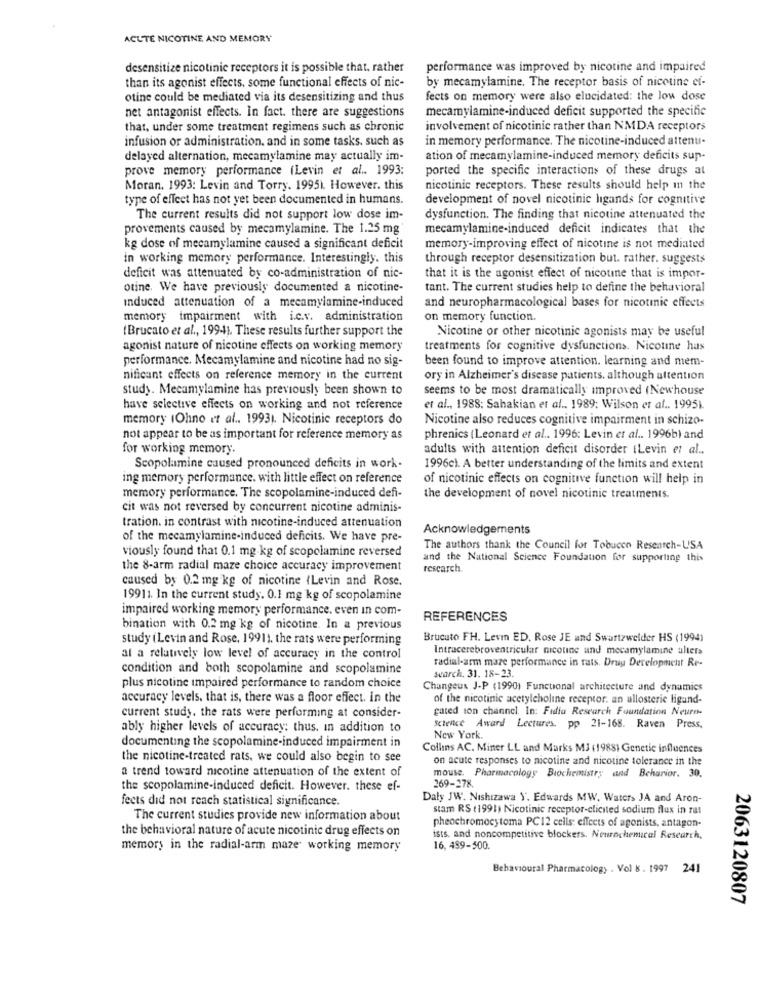
ACUTE NICOTINE AND MEMORY
desensitize nicotinic receptors it is possible that, rather
performance was improved by nicotine and impaired
by mecamylamine. The receptor basis of nicotine ef-
than its agonist effects, some functional effects of nic-
otine could be mediated via its desensitizing and thus
fects on memory were also elucidated: the low dose
net antagonist effects. In fact. there are suggestions
mecarylamine-induced deficit supported the specific
that, under some treatment regimens such as chronic
involvement of nicotinic rather than NMDA receptors
infusion or administration, and in some tasks, such as
in memory performance. The nicotine-induced attenu-
delayed alternation, mecamylamine may actually im-
ation of mecamylamine-induced memory deficits sup-
prove memory performance (Levin et al. 1993:
ported the specific interactions of these drugs at
Moran. 1993: Levin and Torry. 1995). However. this
nicotinic receptors. These results should help in the
type of effect has not yet been documented in humans.
development of novel nicotinic ligands for cognitive
The current results did not support low dose im-
dysfunction. The finding that nicotine attenuated the
provements caused by mecamylamine. The 1.25 mg
mecamylamine-induced deficit indicates that the
kg dose of mecamylamine caused a significant deficit
memory-improving effect of nicotine is not mediated
in working memory performance. Interestingly. this
through receptor desensitization but. rather. suggests
deficit was attenuated by co-administration of nic-
that it is the agonist effect of nicotine that is impor-
otine. We have previously documented a nicotine-
tant. The current studies help to define the behavioral
induced attenuation of a mecamylamine-induced
and neuropharmacological bases for nicotinic effects
memory impairment with i.c.v. administration
on memory function.
(Brucato et al ., 199-4). These results further support the
Nicotine or other nicotinic agonists may be useful
agonist nature of nicotine effects on working memory
treatments for cognitive dysfunctions. Nicotine has
performance. Mecamylamine and nicotine had no sig-
been found to improve attention. learning and mem-
nificant effects on reference memory in the current
ory in Alzheimer's disease patients. although attention
study. Mecamylamine has previously been shown to
seems to be most dramatically improved (Newhouse
have selective effects on working and not reference
et al ., 1988: Sahakian et af .. 1989: Wilson et af .. 19951
memory (Ohno et al ., 19931. Nicotinic receptors do
Nicotine also reduces cognitive impairment in schizo-
not appear to be as important for reference memory as
phrenics (Leonard et al .. 1996: Levin et al .. 1996b) and
for working memory.
adults with attention deficit disorder (Levin et al ..
Scopolamine caused pronounced deficits in work-
1996cl. A better understanding of the limits and extent
ing memory performance. with little effect on reference
of nicotinic effects on cognitive function will help in
memory performance. The scopolamine-induced defi-
the development of novel nicotinic treatments.
cit was not reversed by concurrent nicotine adminis-
tration. in contrast with nicotine-induced attenuation
Acknowledgements
of the mecamylamine-induced deficits. We have pre-
viously found that 0.1 mg.kg of scopelamine reversed
The authors thank the Council for Tobucen Research-USA
and the National Science Foundation for supporting this
the 8-arm radial maze choice accuracy improvement
research.
caused by 0.2 mg kg of nicotine (Levin and Rose.
19911. In the current study. 0.1 mg kg of scopolamine
impaired working memory performance, even in com-
REFERENCES
bination with 0.2 mg kg of nicotine. In a previous
study (Levin and Rose, 19911. the rats were performing
Brucuto FH. Levin ED. Rose JE and Swartzwelder HS (1994)
Intracerebroventricular nicotine und mecamylamine alters
al a relatively low level of accuracy in the control
radial-arm mare performance in rats. Drug Development Re-
condition and both scopolamine and scopolamine
search, 31. 18-23.
plus nicotine impaired performance to random choice
Changeux J.P (1990) Functional architecture and dynamics
accuracy levels. that is, there was a floor effect. in the
of the nicotinic acetylcholine receptor. an allosteric ligand-
gated ton channel. In: Fidia Research Foundation Neure
current study. the rats were performing at consider-
ably higher levels of accuracy: thus. In addition to
Science Award Lectures. pp 21-168. Raven Press,
New York.
documenting the scopolamine-induced impairment in
Collins AC. Miner LL and Marks MJ (1988) Genetic influences
the nicotine-treated rats, we could also begin to see
on acute responses to nicotine and nicotine tolerance in the
a trend toward nicotine attenuation of the extent of
mouse. Pharmacology Biochemistry and Beharior. 30.
the scopolamine-induced deficit. However. these ef-
269-278.
fects did not reach statistical significance.
Daly JW. Nishizawa Y. Edwards MW. Waters JA and Aron-
stam RS (1991) Nicotinic receptor-clicited sodium flux in ral
The current studies provide new information about
the behavioral nature of acute nicotinic drug effects on
pheochromocytoma PC12 cells: effects of agonists, antagon-
ists. and noncompetitive blockers. Neurochemical Research,
memory in the radial-arm maze working memory
16, 439-500.
Behavioural Pharmacology . Vol & . 1997 241
2063120807